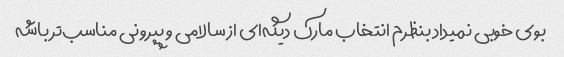
بوی خوبی نمیداد بنظرم انتخاب مارک دیگه‌ای از سالامی و پپرونی مناسب‌تر باشه